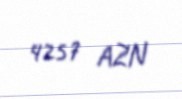
4257 AZN